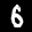
Label: 6